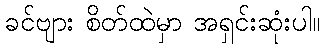
ခင်ဗျား စိတ်ထဲမှာ အရှင်းဆုံးပါ။